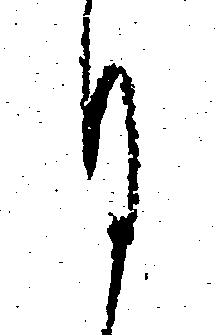
ひ